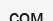
сом